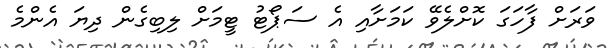
ވަރަށް ފާހަގަ ކޮށްލެވޭ ކަމަށާއި އެ ސަޕޯޓު ޓީމަށް ލިބިގެން ދިޔަ އެންމެ